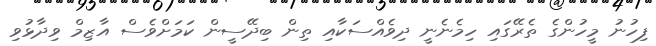
ފިހުނު މީހުންގެ ތެރޭގައި ހިމެނެނީ ދިވެއްސަކާއި ތިން ބިދޭސީން ކަމަށްވެސް އާޒިމް ވިދާޅުވި